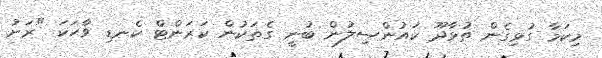
މިކަމާ ގުޅިގެން ތުޅާދޫ ކައުންސިލުން ބުނީ ގެތަކުން ކަރަންޓް ކެނޑި ވާހަކަ "ރަށު